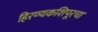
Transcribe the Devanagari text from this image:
हिरण्यकशिपूरचा